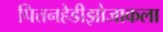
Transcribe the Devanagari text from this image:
पित्तनहेडीझोजाकला